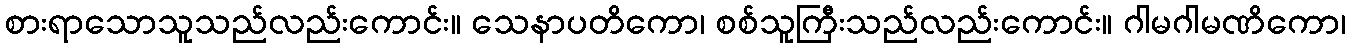
စားရာသောသူသည်လည်းကောင်း။ သေနာပတိကော၊ စစ်သူကြီးသည်လည်းကောင်း။ ဂါမဂါမဏိကော၊